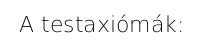
A testaxiómák: